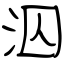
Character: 泅